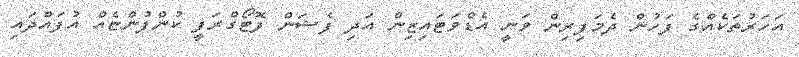
އަހަރުތަކެއްގެ ފަހުން ދެމަފިރިން ވަނީ އެޑްވަޓައިޒިން އަދި ފެޝަން ފޮޓޯގްރަފީ ކުންފުންޏެއް އުފައްދައި